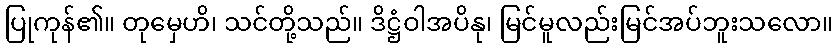
ပြုကုန်၏။ တုမှေဟိ၊ သင်တို့သည်။ ဒိဋ္ဌံဝါအပိနု၊ မြင်မူလည်းမြင်အပ်ဘူးသလော။